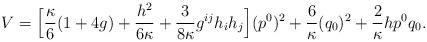
LaTeX: \begin{align*}V=\Big[\frac{\kappa}{6}(1+4g)+\frac{h^2}{6\kappa}+\frac{3}{8\kappa}g^{ij}h_ih_j\Big](p^0)^2+\frac{6}{\kappa}(q_0)^2+\frac{2}{\kappa}hp^0q_0.\end{align*}